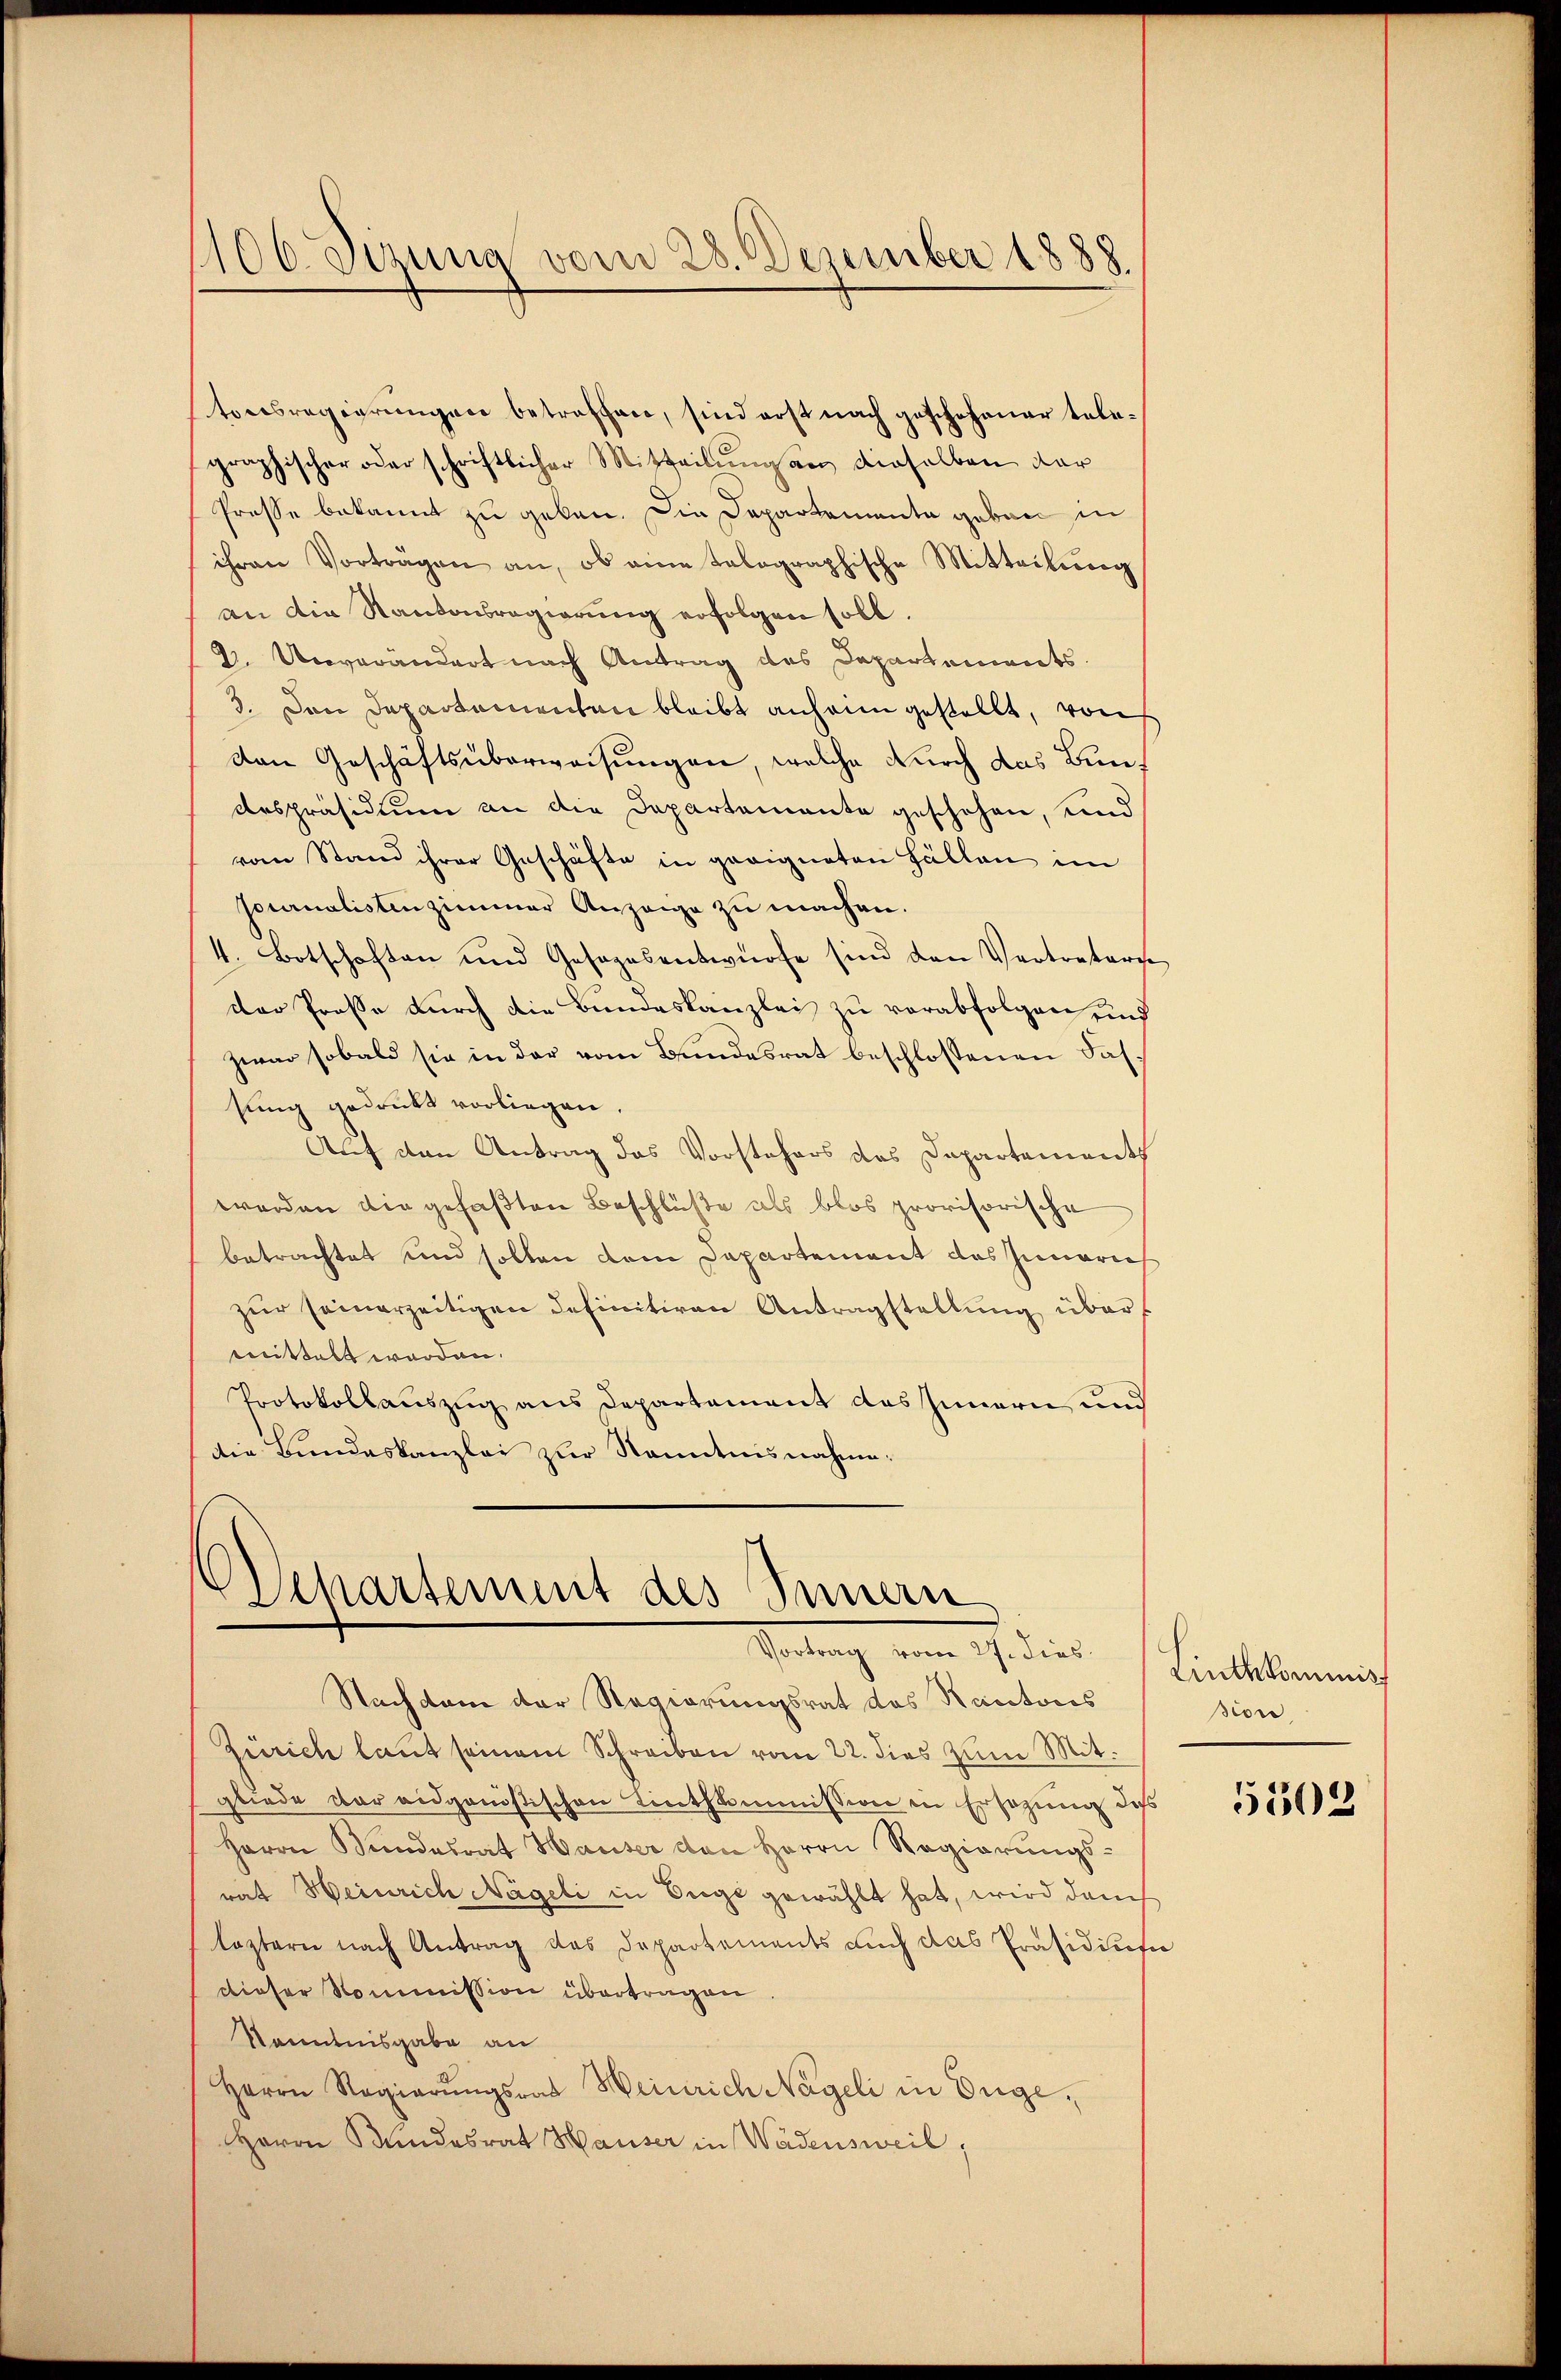
106. Jena vom 28. Dezember 1888.

tonsregierungen betreffen, sind erst nach geschehener telegraphischer oder schriftlicher Mitteilŭngen dieselben dar
Prosse bekannt zu geben. Die Departemente geben in
ihren Vorträgen an, ob eine talographische Mitteilung
an die Kantonsregierung erfolgen soll.
2. Unverändert nach Antrag des Departements.
3. Den Departementen bleibt anheim gestellt, von
von Geschäftsüberweisungen, welche durch das Bundespräsidium an die Departemente geschehen, und
vom Stand ihrer Geschäfte in geeigneten Fällen im
journalistenzimmer Anzeige zu machen.
4. Botschaften und Gesagesentwürfe sind den Vertreters
der Prosse durch die Bundeskanzlei zu verabfolgen und
zwar sobald sie in der vom Bundesrat beschlossenen Fassung gedrukt vorliegen.
Auf den Antrag das Vorstehers des Departements
werden die gefaßten Beschlüße als blos provisorische
betrachtet und solten dem Dapartement des Inneri
zur seinerzeitigen definitiven Antragstellung übermittelt worden.
Protokollauszug aus Departement das Innern, und
die Bundeskanzlei zur Kenntnisnahme:

Departement des Innern
Vortrag vom 27. dies Linthkommis
Nachdem der Regierungsrat das Kantons

Zürich laut seinem Schreiben vom 22. dies zum Mit
gliede der eidgenößischen Linthkommission in Ersezung des
Herrn Bundesrat Hauser den Herrn Regierungs-
rat Heinrich Nägeli in Enge gewählt hat, wird damit
leztern nach Antrag des Departements auch das Präsidiuta
dieser Kommission übertragen
Kenntnisgabe an
Herrn Regierŭngsrat Heinrich Nageli in Enge,
Herrn Bandesrat Hauser in Wädensweil,

sion

5502